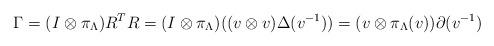
LaTeX: \begin{align*}\Gamma=(I\otimes\pi_{\Lambda})R^TR=(I\otimes \pi_{\Lambda})((v\otimes v)\Delta(v^{-1}))=(v\otimes\pi_{\Lambda}(v))\partial(v^{-1})\end{align*}